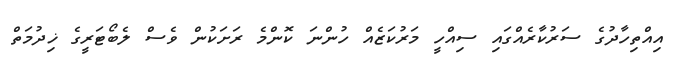
އިއްތިހާދުގެ ސަރުކާރެއްގައި ސިއްހީ މަރުކަޒެއް ހުންނަ ކޮންމެ ރަށަކުން ވެސް ލެބޯޓަރީގެ ޚިދުމަތް